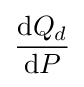
{\frac {\mathrm {d} Q_{d}}{\mathrm {d} P}}